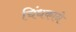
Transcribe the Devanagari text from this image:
चिंधकाने